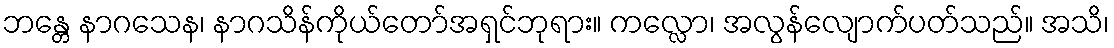
ဘန္တေ နာဂသေန၊ နာဂသိန်ကိုယ်တော်အရှင်ဘုရား။ ကလ္လော၊ အလွန်လျောက်ပတ်သည်။ အသိ၊